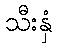
သီးနှံ